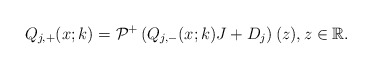
\begin{align*}Q_{j,+}(x;k)=\mathcal{P}^{+}\left(Q_{j,-}(x;k)J +D_j \right)(z), z \in \mathbb{R}.\end{align*}